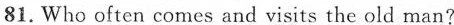
81. Who often comes and visits the old man?